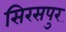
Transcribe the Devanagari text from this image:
सिरसपुर